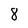
Character: 8